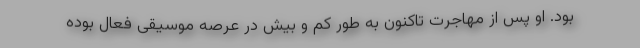
بود. او پس از مهاجرت تاکنون به طور کم و بیش در عرصه موسیقی فعال بوده